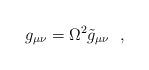
LaTeX: \begin{align*}g_{\mu \nu}=\Omega^2 \tilde g_{\mu \nu} \ \ ,\end{align*}